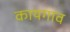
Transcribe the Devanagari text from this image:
कायगाव